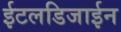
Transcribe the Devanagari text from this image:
ईटलडिजाईन